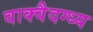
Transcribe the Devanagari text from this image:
वाक्वैदग्ध्य